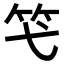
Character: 𥫝